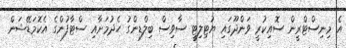
އެ މިނިސްޓްރީން ސޮއިކުރީ ވަންދޫގައި ޔުޓިލިޓީ ސާވިސް ބިލްޑިންގު ހެދުމަށާއި ސްޓާފުންގެ އެކޮމަޑޭޝަން